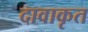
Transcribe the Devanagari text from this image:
दावाकृत